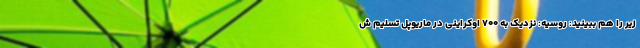
زیر را هم ببینید: روسیه: نزدیک به ۷۰۰ اوکراینی در ماریوپل تسلیم ش